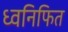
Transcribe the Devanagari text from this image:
ध्वनिफित